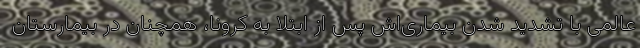
عالمی با تشدید شدن بیماری‌اش پس از ابتلا به کرونا، همچنان در بیمارستان